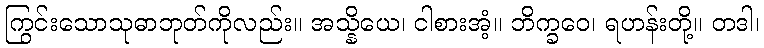
ကြွင်းသောသုဓာဘုတ်ကိုလည်း။ အသ္နိယေ၊ ငါစားအံ့။ ဘိက္ခဝေ၊ ရဟန်းတို့။ တဒါ၊